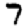
Digit: 7